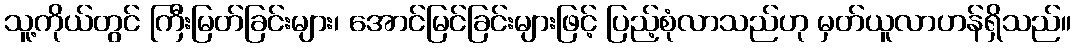
သူ့ကိုယ်တွင် ကြီးမြတ်ခြင်းများ၊ အောင်မြင်ခြင်းများဖြင့် ပြည့်စုံလာသည်ဟု မှတ်ယူလာဟန်ရှိသည်။